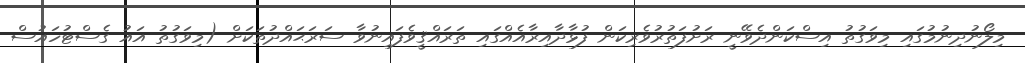
މިލޯނުދިނުމުގައި މިވަގުތު އިސްކަންދެވޭނީ ރަށުފަތުރުވެރިކަން ފުޅާދާއިރާއެއްގައި ތަރައްޤީވެފައިނުވާ ސަރަޙައްދުތަކަށް (މިވަގުތު އައު ގެސްޓުހައުސް